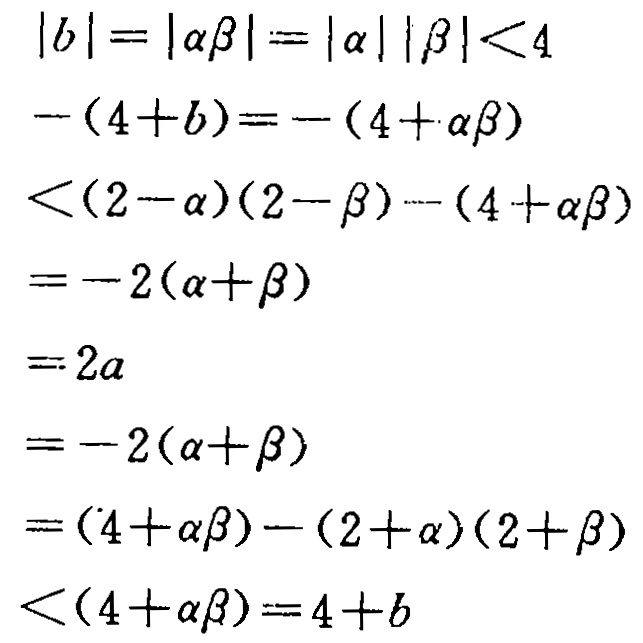
\[
\begin{align*}
|b|&=|\alpha\beta| = |\alpha||\beta|<4\\
-(4 + b)&=-(4+\alpha\beta)\\
&<(2 - \alpha)(2 - \beta)-(4+\alpha\beta)\\
&=-2(\alpha+\beta)\\
&=2a\\
&=-2(\alpha+\beta)\\
&=(4+\alpha\beta)-(2+\alpha)(2+\beta)\\
&<(4+\alpha\beta)=4 + b
\end{align*}
\]